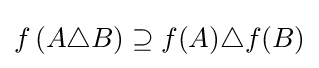
f\left(A\triangle B\right)\supseteq f(A)\triangle f(B)